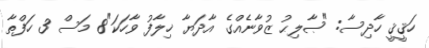
ހަޤީޤީ ހާދިސާ: "ޞާލިޙު ޒުވާނެއްގެ އާދަޔާ ޚިލާފު ވާހަކަ"8 މަސް 3 ހަފްތާ